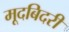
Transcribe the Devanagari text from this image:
मूदबिदरी